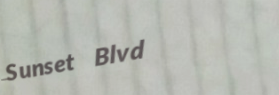
Sunset Blvd